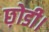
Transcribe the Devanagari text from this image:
छ़ोडी।